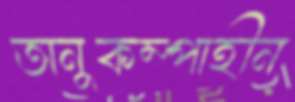
অনুকম্পাহীন